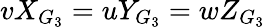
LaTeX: vX_{G_{3}}=uY_{G_{3}}=wZ_{G_{3}}